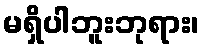
မရှိပါဘူးဘုရား၊